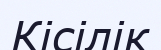
Кісілік